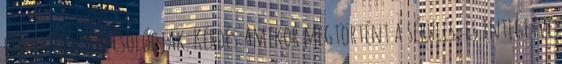
legyek és kikapcsolódjak. Kérdés:Amikor megtörtént a sérülés, és integetve